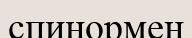
спинормен